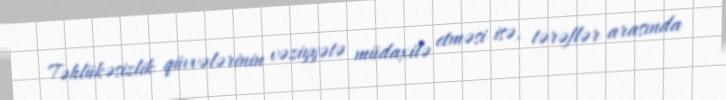
Təhlükəsizlik qüvvələrinin vəziyyətə müdaxilə etməsi isə, tərəflər arasında